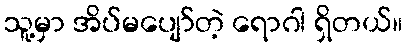
သူ့မှာ အိပ်မပျော်တဲ့ ရောဂါ ရှိတယ်။